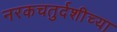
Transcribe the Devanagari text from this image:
नरकचतुर्दशीच्या